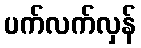
ပက်လက်လှန်